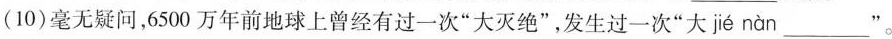
(10)毫无疑问，6500万年前地球上曾经有过一次”大灭绝”，发生过一次”大 jié nàn ___